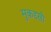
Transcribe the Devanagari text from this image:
मुकद्दसी